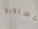
مسرورة